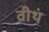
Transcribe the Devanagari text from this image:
वीथं